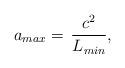
LaTeX: \begin{align*}a_{max}=\,\frac{c^2}{L_{min}},\end{align*}